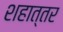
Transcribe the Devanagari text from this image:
शहात्तर